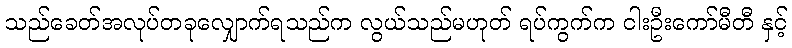
သည်ခေတ်အလုပ်တခုလျှောက်ရသည်က လွယ်သည်မဟုတ် ရပ်ကွက်က ငါးဦးကော်မီတီ နှင့်